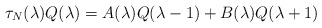
\begin{align*}\tau_N(\lambda )Q(\lambda )=A(\lambda)Q(\lambda -1)+B(\lambda)Q(\lambda +1)\end{align*}